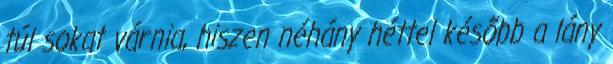
túl sokat várnia, hiszen néhány héttel később a lány